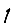
Digit: 1